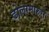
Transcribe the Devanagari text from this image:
ढोलामारुरा